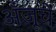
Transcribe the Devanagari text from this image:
अँजूचे